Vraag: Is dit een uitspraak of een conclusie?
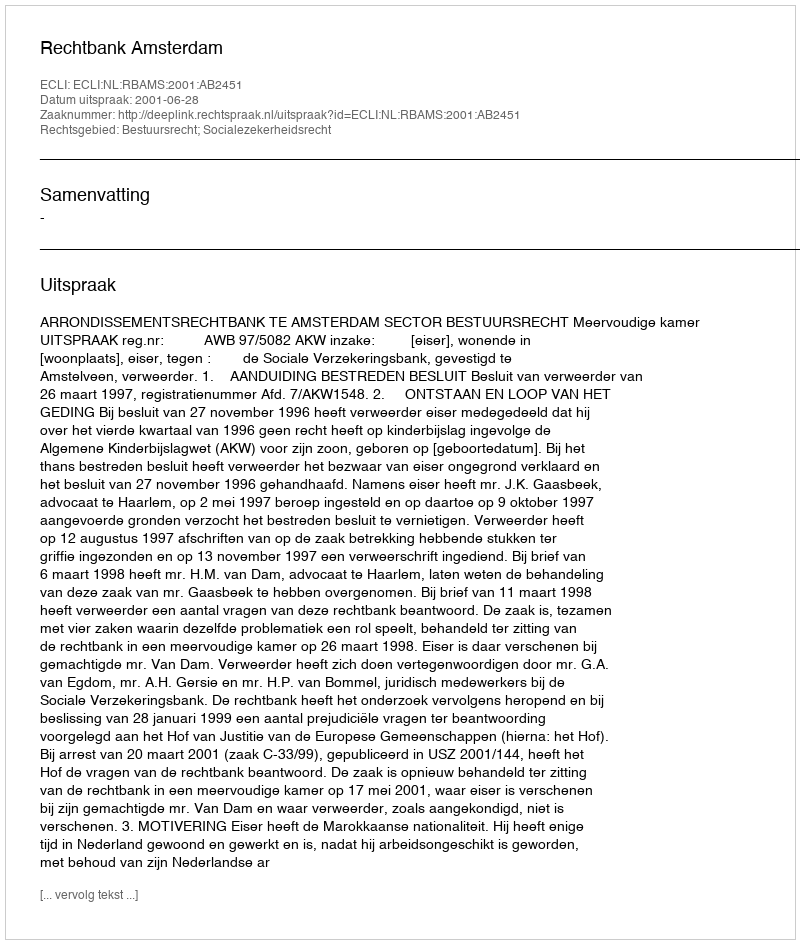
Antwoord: Uitspraak